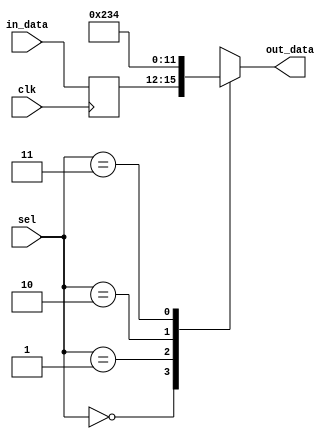
module array_continuous_assignment (
    input wire [3:0] in_data,         // Input data
    input wire [1:0] sel,             // Selector for element-wise operations
    input wire clk,                   // Clock signal
    output reg [3:0] out_data         // Output data
);

    // 1. Array Declaration
    reg [3:0] data_array [0:3];       // 1D array of 4 elements

    // 7. Initialization (default values)
    initial begin
        data_array[0] = 4'b0001;       // Initializing with default values
        data_array[1] = 4'b0010;
        data_array[2] = 4'b0011;
        data_array[3] = 4'b0100;
    end

    // 2. Continuous Assignment using assign statement
    // 3. Element-wise Assignment
    always @* begin
        case(sel)
            2'b00: out_data = data_array[0]; // Select first element
            2'b01: out_data = data_array[1]; // Select second element
            2'b10: out_data = data_array[2]; // Select third element
            2'b11: out_data = data_array[3]; // Select fourth element
            default: out_data = 4'b0000;      // Default case
        endcase
    end

    // 6. Dynamic Updates
    always @(posedge clk) begin
        // Example of updating array elements dynamically
        data_array[0] <= in_data; // Update the first element with input data
        // More updates could be done here for other elements as needed
    end

endmodule